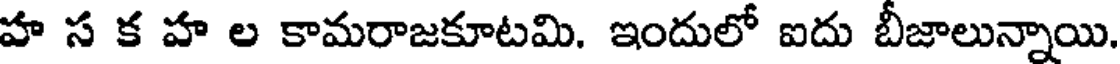
హ స క హ ల కామరాజకూటమి. ఇందులో ఐదు బీజాలున్నాయి.